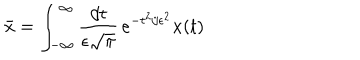
LaTeX: \bar { x } = \int _ { - \infty } ^ { \infty } { \frac { d t } { \epsilon \sqrt { \pi } } } \, e ^ { - t ^ { 2 } / \epsilon ^ { 2 } } x ( t )